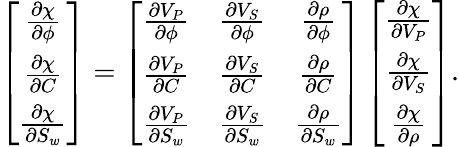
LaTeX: \left[\begin{array}{c}{\frac{\partial\chi}{\partial\phi}}\\ {\frac{\partial\chi}{\partial C}}\\ {\frac{\partial\chi}{\partial S_{w}}}\end{array}\right]=\left[\begin{array}{ccc}{\frac{\partial V_{P}}{\partial\phi}}&{\frac{\partial V_{S}}{\partial\phi}}&{\frac{\partial\rho}{\partial\phi}}\\ {\frac{\partial V_{P}}{\partial C}}&{\frac{\partial V_{S}}{\partial C}}&{\frac{\partial\rho}{\partial C}}\\ {\frac{\partial V_{P}}{\partial S_{w}}}&{\frac{\partial V_{S}}{\partial S_{w}}}&{\frac{\partial\rho}{\partial S_{w}}}\end{array}\right]\left[\begin{array}{c}{\frac{\partial\chi}{\partial V_{P}}}\\ {\frac{\partial\chi}{\partial V_{S}}}\\ {\frac{\partial\chi}{\partial\rho}}\end{array}\right].